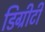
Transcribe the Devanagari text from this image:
डिग्रीटी